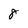
Character: 8